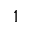
^ { 1 }